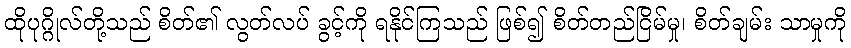
ထိုပုဂ္ဂိုလ်တို့သည် စိတ်၏ လွတ်လပ် ခွင့်ကို ရနိုင်ကြသည် ဖြစ်၍ စိတ်တည်ငြိမ်မှု၊ စိတ်ချမ်း သာမှုကို